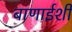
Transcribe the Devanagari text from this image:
बाणाईशी